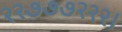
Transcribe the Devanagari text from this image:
२२७७७२२२।